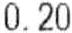
0.20